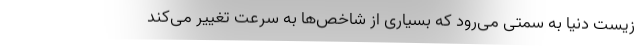
زیست دنیا به سمتی می‌رود که بسیاری از شاخص‌ها به سرعت تغییر می‌کند